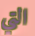
التي